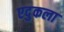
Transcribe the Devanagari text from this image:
एदुकला